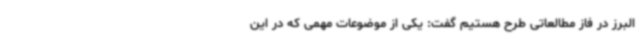
البرز در فاز مطالعاتی طرح هستیم گفت: یکی از موضوعات مهمی که در این